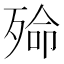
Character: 𱥐